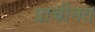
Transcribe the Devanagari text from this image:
प्राचीनत